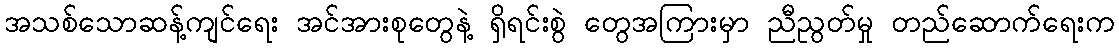
အသစ်သောဆန့်ကျင်ရေး အင်အားစုတွေနဲ့ ရှိရင်းစွဲ တွေအကြားမှာ ညီညွတ်မှု တည်ဆောက်ရေးက